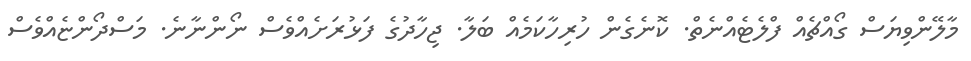
މާލޭންވިޔަސް ގޯއްޗެއް ފްލެޓެއްނެތް. ކޮނެގެން ހުރިހާކަމެއް ބަލާ. ޖިހާދުގެ ފަޅުރަށެއްވެސް ނޯންނާނެ. މަސްދޯންޏެއްވެސް